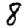
Digit: 8